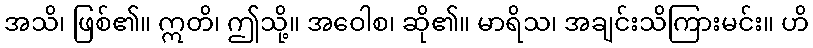
အသိ၊ ဖြစ်၏။ ဣတိ၊ ဤသို့။ အဝေါစ၊ ဆို၏။ မာရိသ၊ အချင်းသိကြားမင်း။ ဟိ